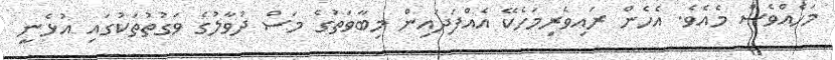
މަހެއްވެސް މެއެވެ. އެހެން ރައިވެރިމަހެކޭ އެއްފަދައިން މިބާވަތުގެ މަސް ދުވާލުގެ ވަގުތުތަކުގައި އުޅެނީ